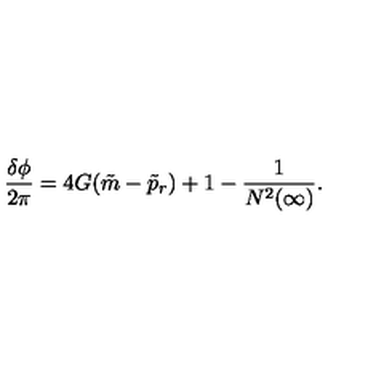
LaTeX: \frac { \delta \phi } { 2 \pi } = 4 G ( \tilde { m } - \tilde { p } _ { r } ) + 1 - \frac { 1 } { N ^ { 2 } ( \infty ) } .